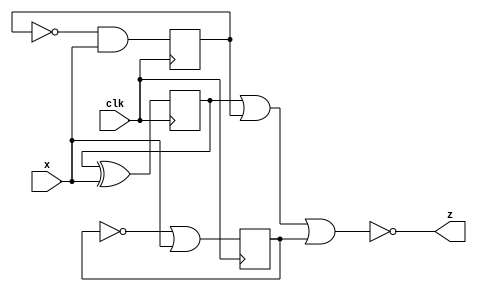
module top_module (
    input clk,
    input x,
    output z
); 
	reg q1, q2, q3;
    always @(posedge clk) begin
    	q1 <= q1 ^ x;
        q2 <= ~q2 & x;
        q3 <= ~q3 | x;
    end
    
    assign z = ~(q1 | q2 | q3);
endmodule